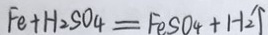
F e + H _ { 2 } S O _ { 4 } = F e S O _ { 4 } + H _ { 2 } \uparrow